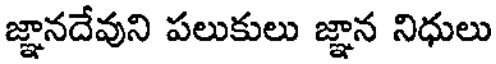
జ్ఞానదేవుని పలుకులు జ్ఞాన నిధులు